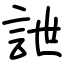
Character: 詍